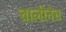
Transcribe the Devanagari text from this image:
चालीनेच